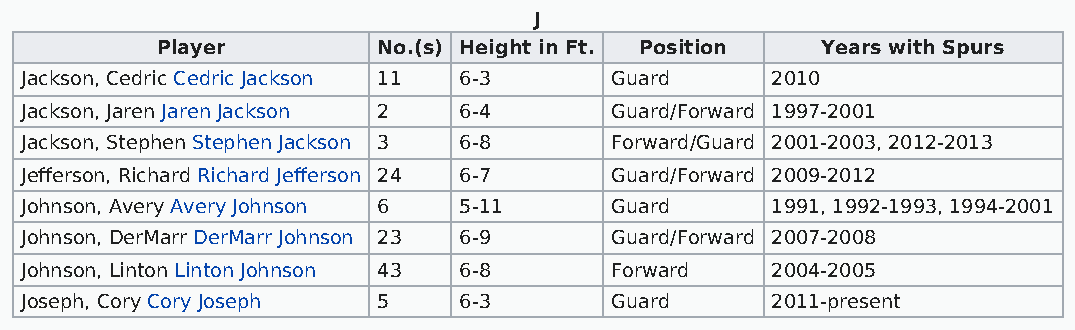
J
 Player         No.(s) Height in Ft. Position Years with Spurs
 Jackson, Cedric Cedric Jackson 11 6-3  Guard      2010
 Jackson, Jaren Jaren Jackson 2 6-4     Guard/Forward 1997-2001
 Jackson, Stephen Stephen Jackson 3 6-8 Forward/Guard 2001-2003, 2012-2013
 Jefferson, Richard Richard Jefferson 24 6-7 Guard/Forward 2009-2012
 Johnson, Avery Avery Johnson 6 5-11    Guard      1991, 1992-1993, 1994-2001
 Johnson, DerMarr DerMarr Johnson 23 6-9 Guard/Forward 2007-2008
 Johnson, Linton Linton Johnson 43 6-8  Forward    2004-2005
 Joseph, Cory Cory Joseph 5   6-3       Guard      2011-present